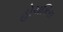
હોચકિસ